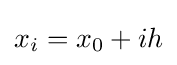
{x}_{i}={x}_{0}+ih